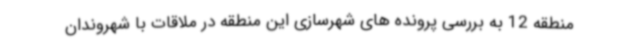
منطقه 12 به بررسی پرونده های شهرسازی این منطقه در ملاقات با شهروندان